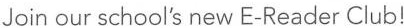
Join our school's new E-Reader Club!